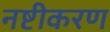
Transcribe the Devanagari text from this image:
नष्टीकरण